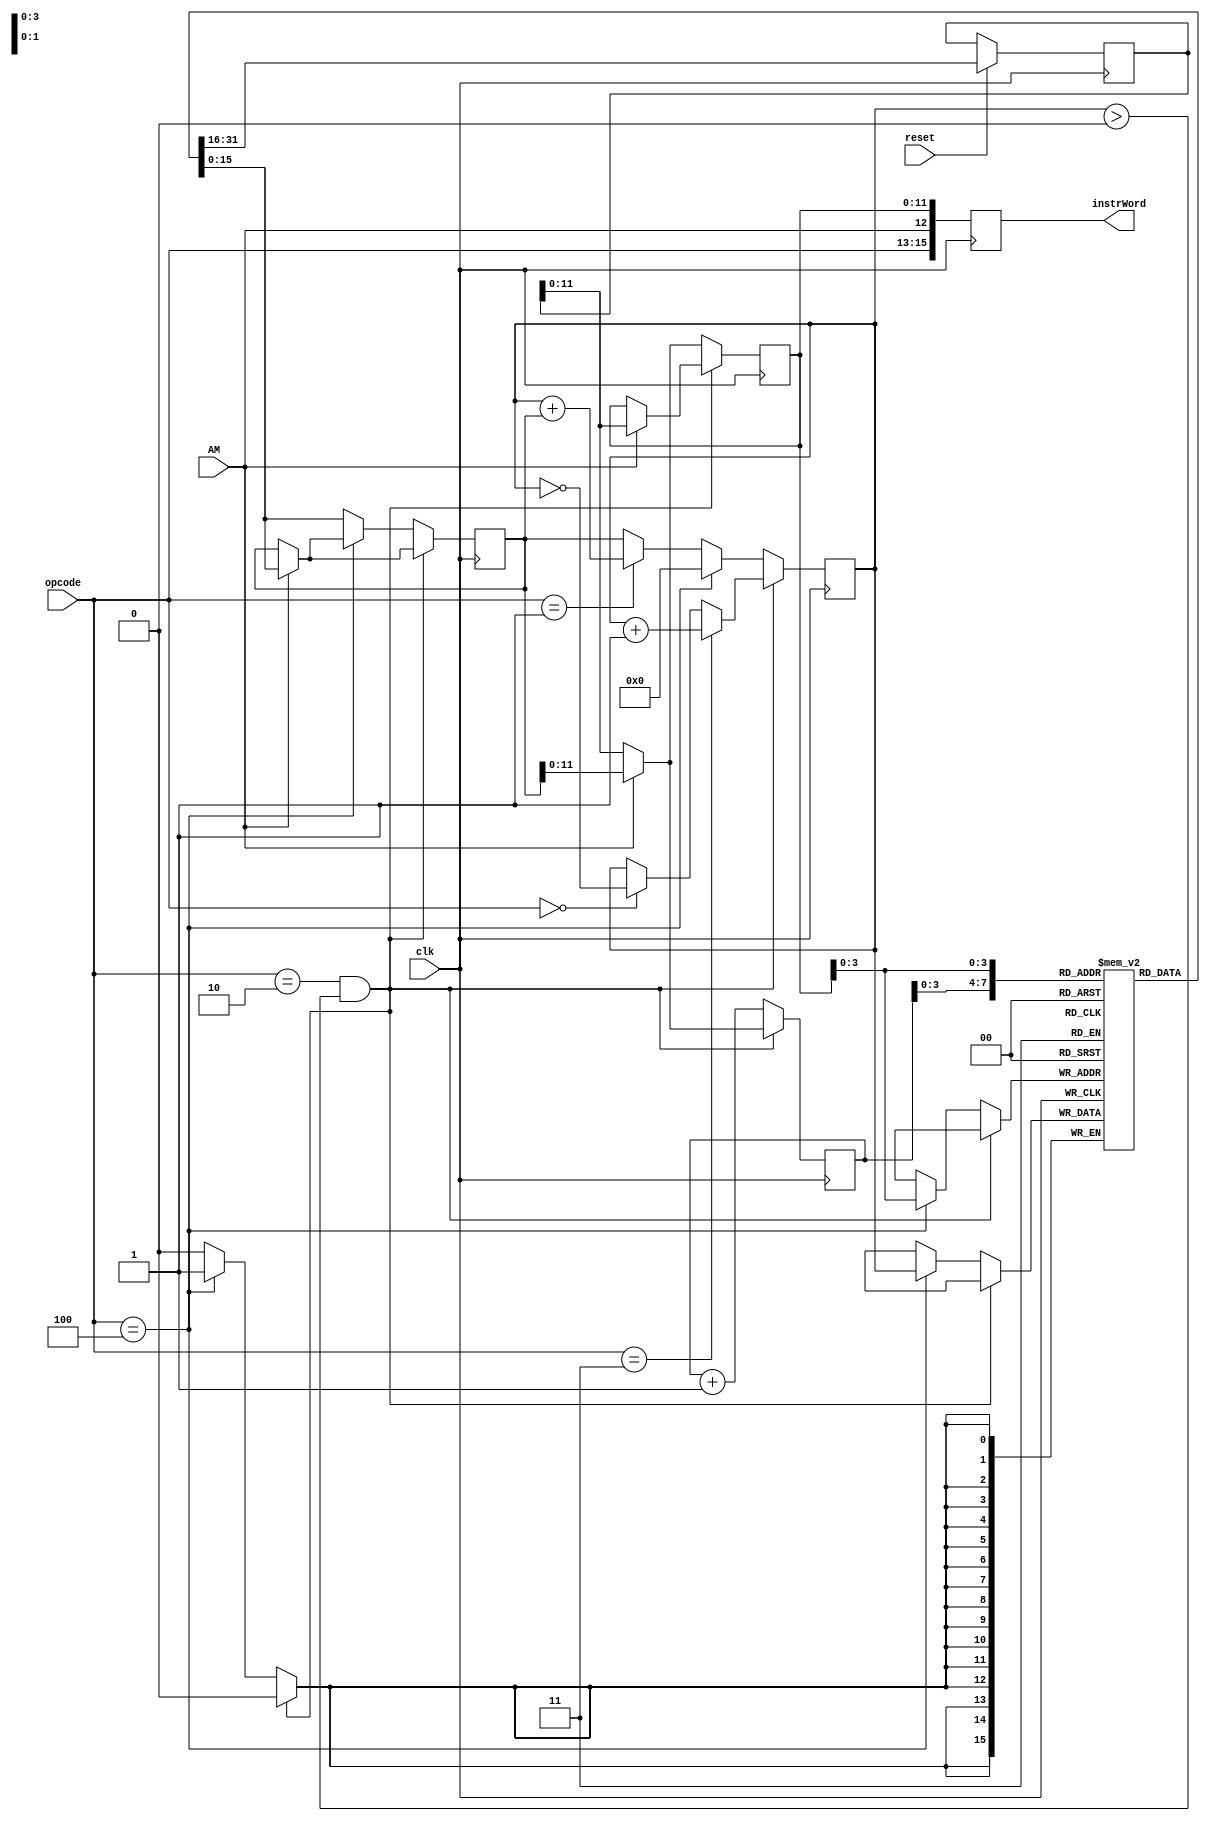
`timescale 1ns / 1ps

module CPU(clk, reset, AM, opcode, instrWord);
    input clk, reset, AM;
	 input [2:0] opcode;
    reg [15:0] IR, MD, AC;
    reg [11:0] PC, MA;
    output reg [15:0] instrWord;
	 
	 reg [15:0] M [0:11];
    
   /* initial begin
		IR = 16'h0000;
		MD = 16'h0000;
		AC = 16'h0000;
		PC = 12'h000;
		MA = 12'h000;
	end
		*/
    always @(posedge clk) begin
        if(reset == 1)        
            IR <= M[PC];
            PC <= PC + 1'b1;
            if(opcode == 3'b000)begin
                AC <= ~AC;
                end
            if(opcode == 3'b011)begin
                 AC <= AC + 1'b1;   
                end
            if(opcode == 3'b010 && AC > 16'h0000)begin
                if(AM) begin
                    MA <= IR;
                    MD <=M[MA];
                    PC <= MD;
                    end
                else begin
                    PC <= IR;
                    end
                end
            else begin
                MA <= IR;
                if(opcode == 3'b100) begin
                    if(AM)begin
                        MD <= M[MA];
                        MA <= MD;
                        end
                    M[MA] <= AC;
                    AC <= 0;
                    end
                else begin
                    MD <= M[MA];
                    if(AM) begin
                        MA <= MD;
                        MD <= M[MA];
                        end
                    if(opcode == 001) begin
                        AC <= AC + MD; //+ C;
                        end
                    else begin
                        AC <= MD;
                        end
                    end
                end
            instrWord[15:13] <= opcode;
            instrWord[12] <= AM;
            instrWord[11:0] <= MA; 
        end         
endmodule